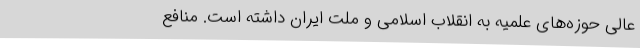
عالی حوزه‌های علمیه به انقلاب اسلامی و ملت ایران داشته است. منافع